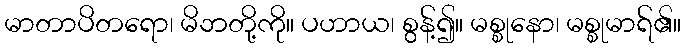
မာတာပိတရော၊ မိဘတို့ကို။ ပဟာယ၊ စွန့်၍။ မစ္စုနော၊ မစ္စုမာရ်၏။